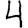
Digit: 4